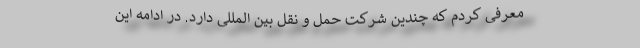
معرفی کردم که چندین شرکت حمل و نقل بین المللی دارد. در ادامه این